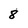
Character: 8